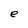
Character: e